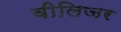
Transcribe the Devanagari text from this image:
वीलिजर